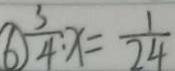
\textcircled { 6 } \frac { 3 } { 4 } \cdot x = \frac { 1 } { 2 4 }